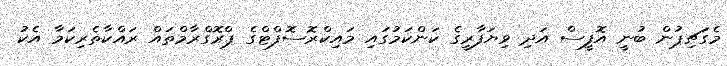
މެގަޗިޕުން ބުނީ އޮފީސް އަދި ވިޔަފާރީގެ ކަންކަމުގައި މައިކްރޮސޮފްޓްގެ ޕްރޮގްރާމްތައް ރައްކާތެރިކަމާ އެކު